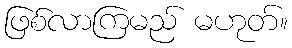
ဖြစ်လာကြမည် မဟုတ်။